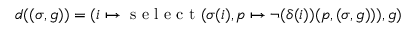
d ( ( \sigma , g ) ) = ( i \mapsto \textup { s e l e c t } ( \sigma ( i ) , p \mapsto \neg ( \delta ( i ) ) ( p , ( \sigma , g ) ) ) , g )